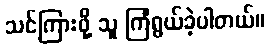
သင်ကြားဖို့ သူ ကြံရွယ်ခဲ့ပါတယ်။